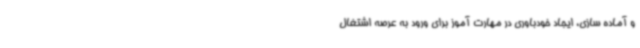
و آماده سازی، ایجاد خودباوری در مهارت آموز برای ورود به عرصه اشتغال